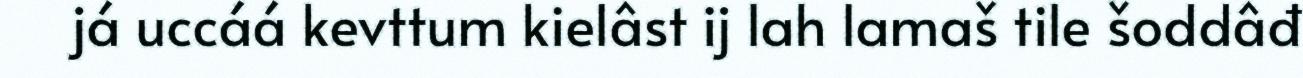
já uccáá kevttum kielâst ij lah lamaš tile šoddâđ